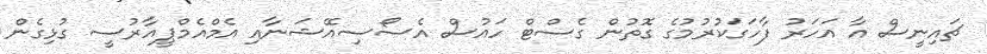
ޗައިނީސް އާ އަހަރު ފާހަގަކުރުމުގެ ގޮތުން ގެސްޓް ހައުސް އެސޯސިއޭޝަނާއި އެމްއެމްޕީއާރުސީ ގުޅިގެން